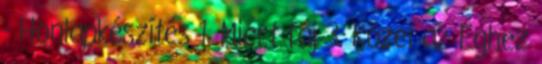
- Honlapkészítés 1. Miért fáj 3. Közel az Éghez